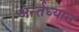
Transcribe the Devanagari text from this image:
अर्न्‍तध्‍यान